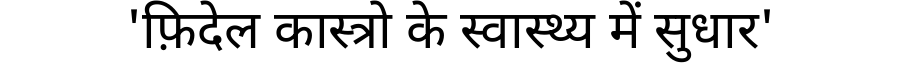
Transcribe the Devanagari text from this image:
'फ़िदेल कास्त्रो के स्वास्थ्य में सुधार'